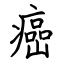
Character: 癌